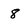
Character: 8